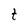
Character: t